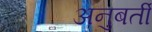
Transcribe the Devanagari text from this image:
अनुबर्ती